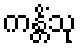
ကန္တိံသု